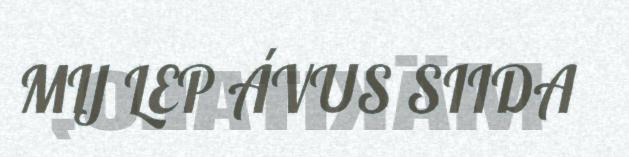
MIJ LEP ÁVUS SIIDA